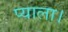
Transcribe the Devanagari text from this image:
प्याला।